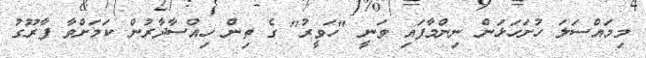
މިމައްސަލަ ހުށަހަޅަން ނިންމާފައި ވަނީ "ހަވީރު" ގެ ތިން ހިއްސާދާރުން ކަމަށްވާ ފާރޫގު